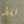
فقط